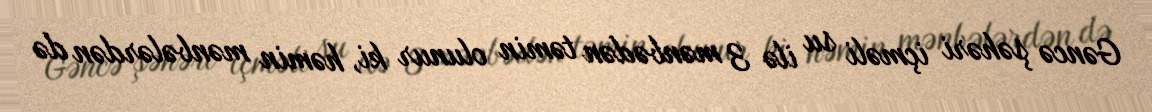
Gəncə şəhəri içməli su ilə 3 mənbədən təmin olunur ki, həmin mənbələrdən də